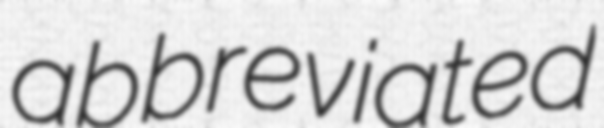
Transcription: abbreviated